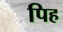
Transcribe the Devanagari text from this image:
पिह